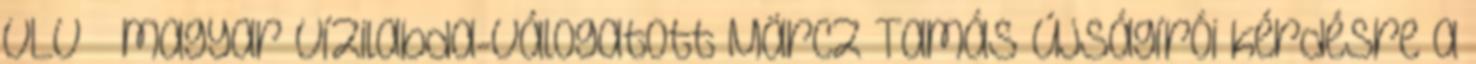
VLV – magyar vízilabda-válogatott Märcz Tamás újságírói kérdésre a